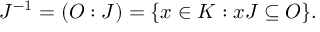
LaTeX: J ^ { - 1 } = ( O : J ) = \{ x \in K : x J \subseteq O \} .